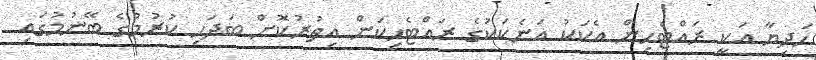
ހަދިޔާ އަކީ ރައްޓެހިން އެކަކު އަނެކަކުގެ ރައްޓެހިކަން އިތުރުކޮށް ބަދަހި ކުރުމުގެ ބޭނުމުގައި